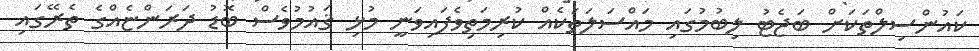
ކައުންސިލްތަކަށް ބަޖެޓު ލިބުމުގައި މައްސަލަތަކެއް ކުރިމަތިވެފައިވަނީ މުޅި ޤައުމުވެސް ބޮޑު ދަރަންޏެއްގެ ތެރޭގައި